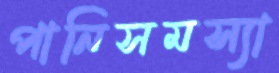
পানিসমস্যা